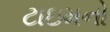
ટાઇમનો